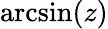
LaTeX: \arcsin(z)